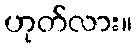
ဟုတ်လား။